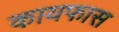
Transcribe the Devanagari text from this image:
कायफास